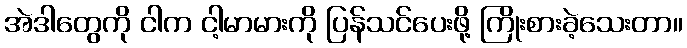
အဲဒါတွေကို ငါက ငါ့မာမားကို ပြန်သင်ပေးဖို့ ကြိုးစားခဲ့သေးတာ။